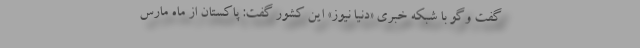
گفت وگو با شبکه خبری «دنیا نیوز» این کشور گفت: پاکستان از ماه مارس